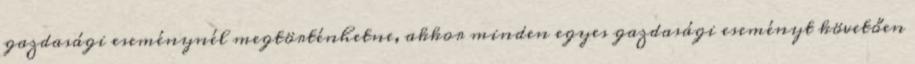
gazdasági eseménynél megtörténhetne, akkor minden egyes gazdasági eseményt követően